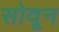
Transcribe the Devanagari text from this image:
सोवून